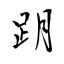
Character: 跀